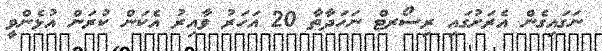
ނަގައިގެން އެރަށުގައި ރިސޯރޓް ނަހަދާތާ 20 އަހަރު ވާއިރު އެކަން ކުރަން އުޅެންވީ